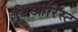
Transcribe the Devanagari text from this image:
थिओरिस्ट